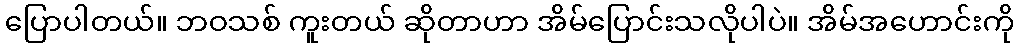
ပြောပါတယ်။ ဘဝသစ် ကူးတယ် ဆိုတာဟာ အိမ်ပြောင်းသလိုပါပဲ။ အိမ်အဟောင်းကို